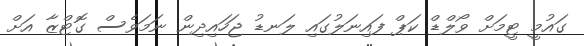
ގައުމީ ޓީމަށް ވޯލްޑް ކަޕް ފައިނަލުގައި ލަނޑު ޖަހައިދިން ނަމަވެސް ގޮޓްޒާ އަށް